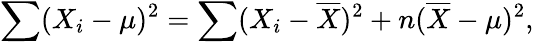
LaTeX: \sum(X_{i}-\mu)^{2}=\sum(X_{i}-{\overline{{X}}})^{2}+n({\overline{{X}}}-\mu)^{2},